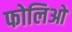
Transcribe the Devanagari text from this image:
फोलिओ